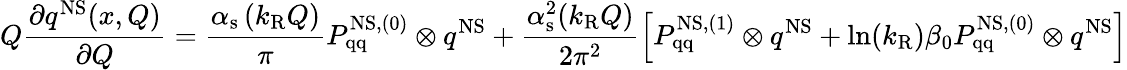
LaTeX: Q\frac{\partial q^{\mathrm{NS}}(x,Q)}{\partial Q}=\frac{\alpha_{\mathrm{s}}\left(k_{\mathrm{R}}Q\right)}{\pi}P_{\mathrm{qq}}^{\mathrm{NS,(0)}}\otimes q^{\mathrm{NS}}+\frac{\alpha_{\mathrm{s}}^{2}(k_{\mathrm{R}}Q)}{2\pi^{2}}\left[P_{\mathrm{qq}}^{\mathrm{NS,(1)}}\otimes q^{\mathrm{NS}}+\ln(k_{\mathrm{R}})\beta_{0}P_{\mathrm{qq}}^{\mathrm{NS,(0)}}\otimes q^{\mathrm{NS}}\right]